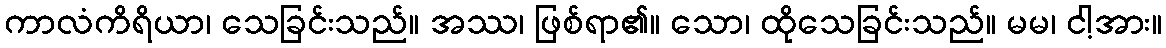
ကာလံကိရိယာ၊ သေခြင်းသည်။ အဿ၊ ဖြစ်ရာ၏။ သော၊ ထိုသေခြင်းသည်။ မမ၊ ငါ့အား။